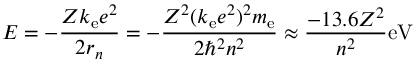
E = - { \frac { Z k _ { \mathrm { e } } e ^ { 2 } } { 2 r _ { n } } } = - { \frac { Z ^ { 2 } ( k _ { \mathrm { e } } e ^ { 2 } ) ^ { 2 } m _ { \mathrm { e } } } { 2 \hbar ^ { 2 } n ^ { 2 } } } \approx { \frac { - 1 3 . 6 Z ^ { 2 } } { n ^ { 2 } } } \mathrm { e V }